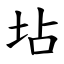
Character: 坫